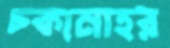
চকমোহর